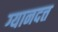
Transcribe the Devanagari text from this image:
ग्यानदत्त